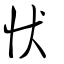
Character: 𢗗